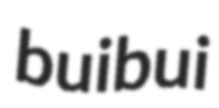
buibui